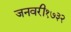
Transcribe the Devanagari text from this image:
जनवरी१७३२